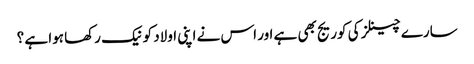
سارے چینلز کی کوریج بھی ہے اور اس نے اپنی اولاد کو نیک رکھا ہوا ہے ؟